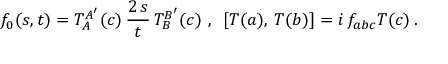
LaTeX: f _ { 0 } ( s , t ) = T _ { A } ^ { A ^ { \prime } } ( c ) \, \frac { 2 \, s } { t } \, T _ { B } ^ { B ^ { \prime } } ( c ) \, \, , \, \, \, [ T ( a ) , \, T ( b ) ] = i \, f _ { a b c } T ( c ) \, .